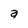
Character: a